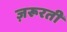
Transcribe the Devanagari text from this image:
ज़रूरती